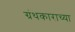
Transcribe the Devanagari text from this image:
ग्रंथकाराच्या